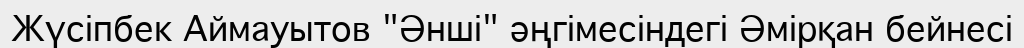
Жүсіпбек Аймауытов "Әнші" әңгімесіндегі Әмірқан бейнесі